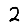
Digit: 2